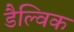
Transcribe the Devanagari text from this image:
डैल्विक